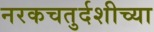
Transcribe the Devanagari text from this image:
नरकचतुर्दशीच्या